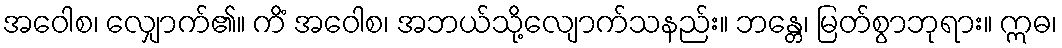
အဝေါစ၊ လျှောက်၏။ ကိံ အဝေါစ၊ အဘယ်သို့လျောက်သနည်း။ ဘန္တေ၊ မြတ်စွာဘုရား။ ဣဓ၊